King Institute of Preventive Medicine Micro-Biological Section reports 1912-19
Year: 1912
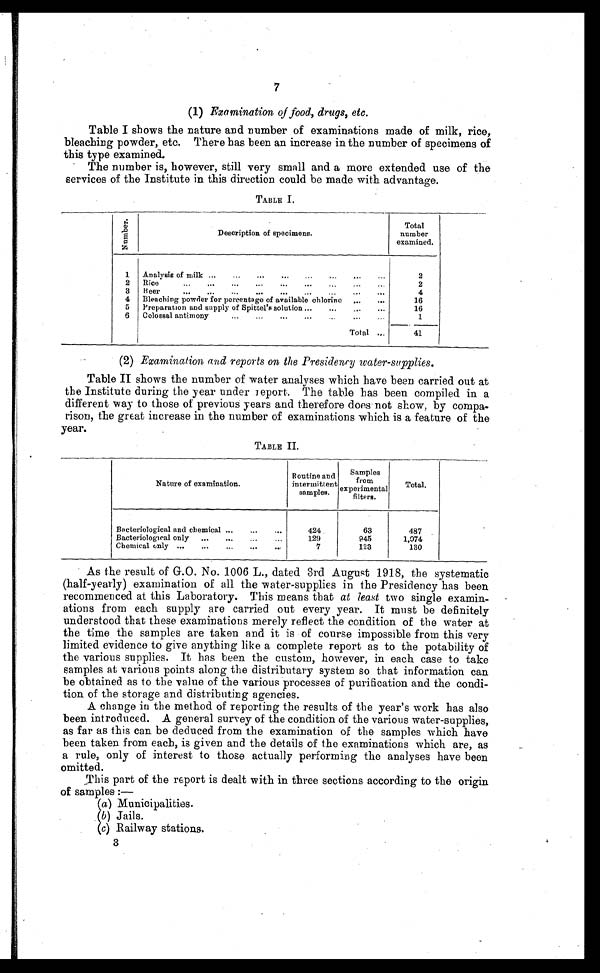
7
(1) Examination of food, drugs, etc.
Table I shows the nature and number of examinations made of milk, rice,
bleaching powder, etc. There has been an increase in the number of specimens of
this type examined.
The number is, however, still very small and a more extended use of the
services of the Institute in this direction could be made with advantage.
TABLE I.
N u m b e r .
Description of specimens.
Total
number
examined.
1
Analysis of milk . . .
2
2
Rice
.
.
.
2
3
Beer
.
.
.
4
4
Bleaching powder for percentage of available chlorine . . .
16
5
Preparation and supply of Spittel's solution . . .
16
6
Colossal antimony . . .
1
Total . . .
41
(2) Examination and reports on the Presidency water-supplies.
Table II shows the number of water analyses which have been carried out at
the Institute during the year under report. The table has been compiled in a
different way to those of previous years and therefore does not show, by compa
-rison, the great increase in the number of examinations which is a feature of the
year.
TABLE II.
Nature of examination.
Routine and
intermittent
samples.
Samples
from
experimental
filters.
Total.
Bacteriological and chemical . . .
424
63
487
Bacteriological only . . .
129
945
1,074
Chemical only . . .
7
123
130
As the result of G.O. No. 1006 L., dated 3rd August 1918, the systematic
(half-yearly) examination of all the water-supplies in the Presidency has been
recommenced at this Laboratory. This means that at least two single examin
-ations from each supply are carried out every year. It must be definitely
understood that these examinations merely reflect the condition of the water at
the time the samples are taken and it is of course impossible from this very
limited evidence to give anything like a complete report as to the potability of
the various supplies. It has been the custom, however, in each case to take
samples at various points along the distributary system so that information can
be obtained as to the value of the various processes of purification and the condi
-tion of the storage and distributing agencies.
A change in the method of reporting the results of the year's work has also
been introduced. A general survey of the condition of the various water-supplies,
as far as this can be deduced from the examination of the samples which have
been taken from each, is given and the details of the examinations which are, as
a rule, only of interest to those actually performing the analyses have been
omitted.
This part of the report is dealt with in three sections according to the origin
of samples:—
(a) Municipalities.
(b ) Jails.
( c) Railway stations.
3